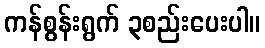
ကန်စွန်းရွက် ၃စည်းပေးပါ။